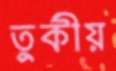
তুর্কীয়